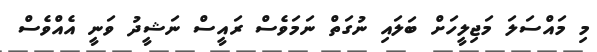
މި މައްސަލަ މަޖިލީހަށް ބަލައި ނުގަތް ނަމަވެސް ރައީސް ނަޝީދު ވަނީ އެއްވެސް